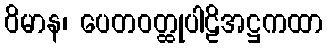
ဝိမာန၊ ပေတဝတ္ထုပါဠိအဋ္ဌကထာ